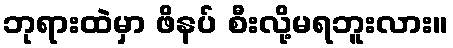
ဘုရားထဲမှာ ဖိနပ် စီးလို့မရဘူးလား။